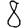
Digit: 8